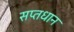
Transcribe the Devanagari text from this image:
सप्तधान